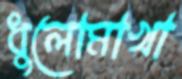
ধুলোমাখা